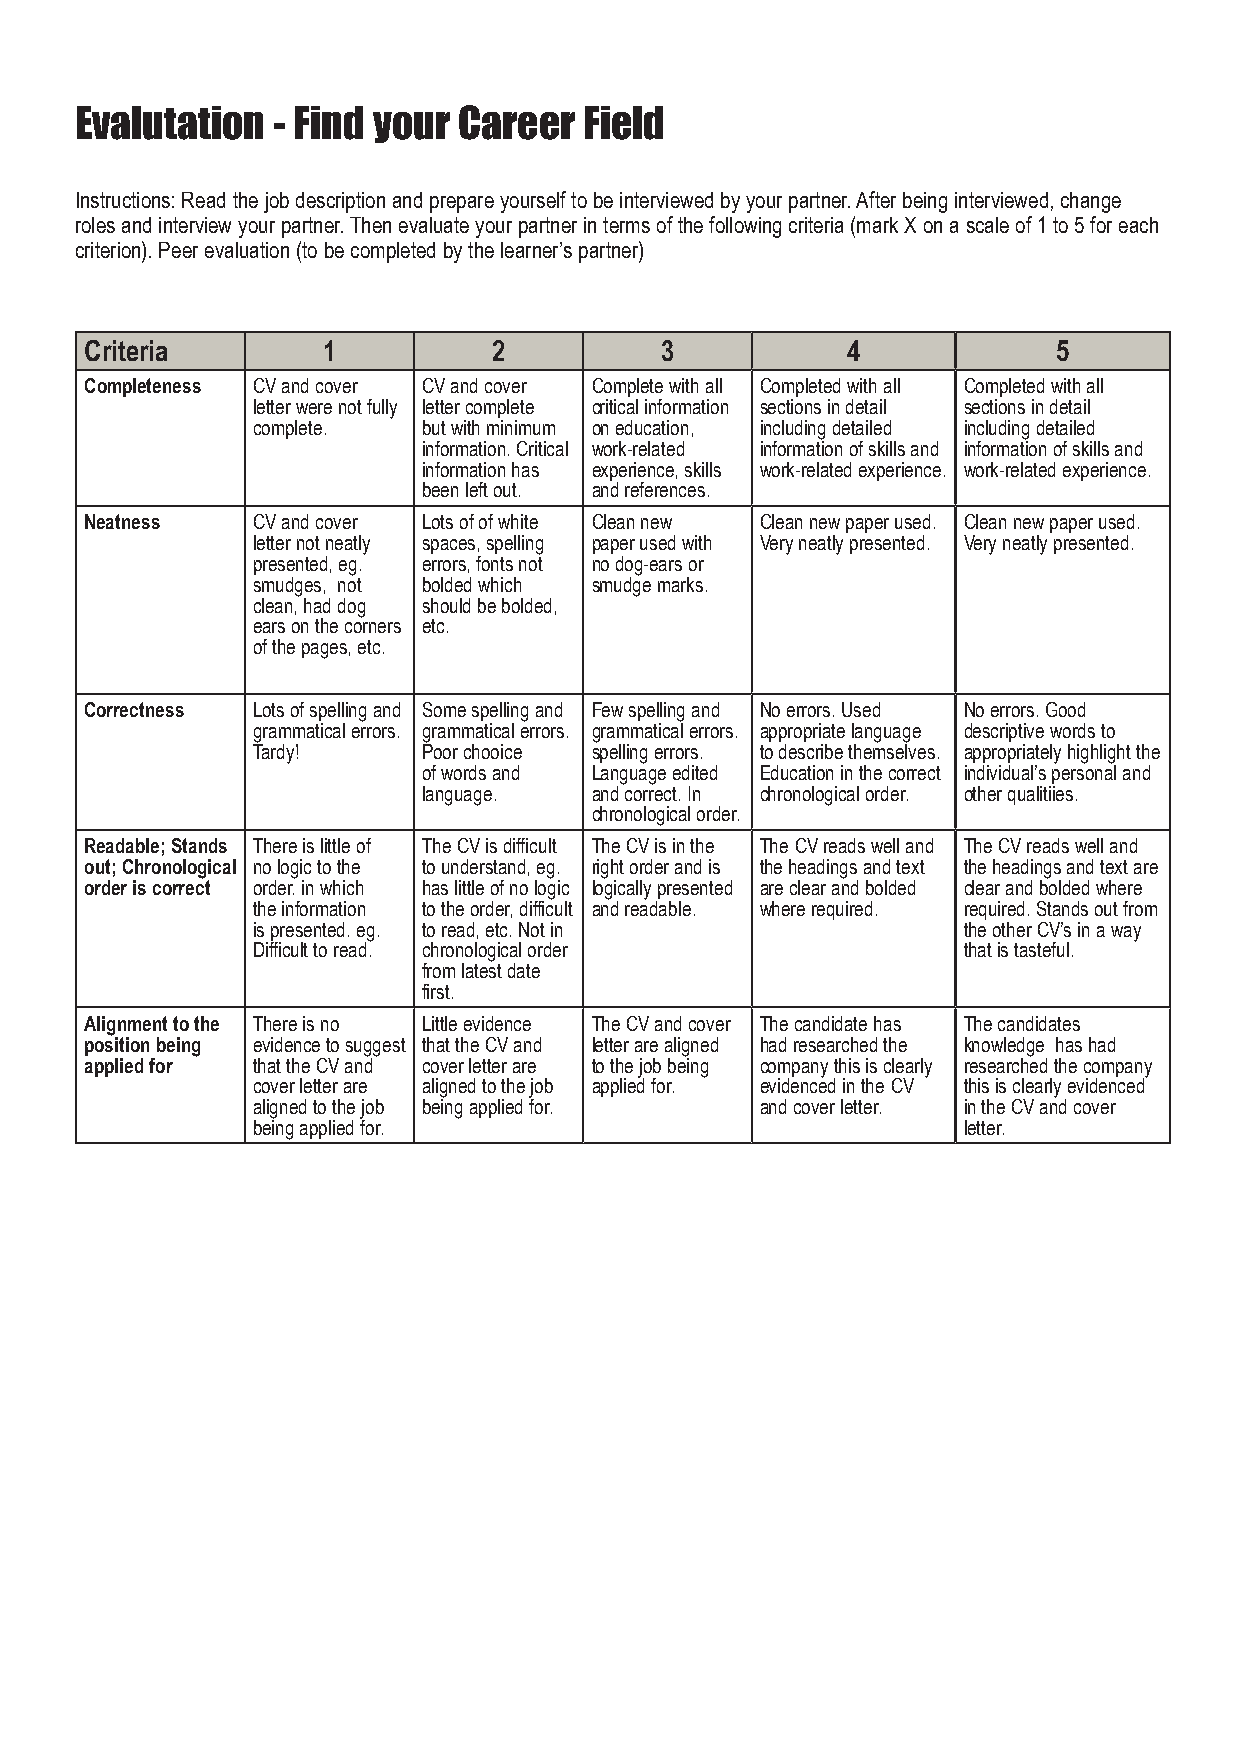
Evalutation  - Find your Career   Field
 Instructions: Read the job description and prepare yourself to be interviewed by your partner. After being interviewed, change
 roles and interview your partner. Then evaluate your partner in terms of the following criteria (mark X on a scale of 1 to 5 for each
 criterion). Peer evaluation (to be completed by the learner’s partner)
 Criteria       1           2          3           4             5
 Completeness CV and cover CV and cover Complete with all Completed with all Completed with all
 letter were not fully letter complete critical information sections in detail sections in detail
 complete.  but with minimum on education, including detailed including detailed
 information. Critical work-related information of skills and information of skills and
 information has experience, skills work-related experience. work-related experience.
 been left out. and references.
 Neatness   CV and cover Lots of of white Clean new Clean new paper used. Clean new paper used.
 letter not neatly spaces, spelling paper used with Very neatly presented. Very neatly presented.
 presented, eg. errors, fonts not no dog-ears or
 smudges, not bolded which smudge marks.
 clean, had dog should be bolded,
 ears on the corners etc.
 of the pages, etc.
 Correctness Lots of spelling and Some spelling and Few spelling and No errors. Used No errors. Good
 grammatical errors. grammatical errors. grammatical errors. appropriate language descriptive words to
 Tardy!     Poor chooice spelling errors. to describe themselves. appropriately highlight the
 of words and Language edited Education in the correct individual’s personal and
 language.  and correct. In chronological order. other qualitiies.
 chronological order.
 Readable; Stands There is little of The CV is difficult The CV is in the The CV reads well and The CV reads well and
 out; Chronological no logic to the to understand, eg. right order and is the headings and text the headings and text are
 order is correct order. in which has little of no logic logically presented are clear and bolded clear and bolded where
 the information to the order, difficult and readable. where required. required. Stands out from
 is presented. eg. to read, etc. Not in         the other CV’s in a way
 Difficult to read. chronological order         that is tasteful.
 from latest date
 first.
 Alignment to the There is no Little evidence The CV and cover The candidate has The candidates
 position being evidence to suggest that the CV and letter are aligned had researched the knowledge has had
 applied for that the CV and cover letter are to the job being company this is clearly researched the company
 cover letter are aligned to the job applied for. evidenced in the CV this is clearly evidenced
 aligned to the job being applied for. and cover letter. in the CV and cover
 being applied for.                             letter.